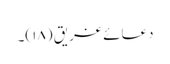
دعائے غریق (۱۸)۔